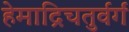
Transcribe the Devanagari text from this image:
हेमाद्रिचतुर्वर्गं